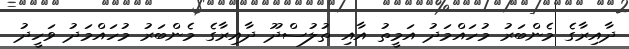
ދާއިރާގެ މެންބަރު މުހައްމަދު އަމީތު އާއި ތުލުސްދޫ ދާއިރާގެ މެންބަރު މުހައްމަދު ވަހީދު